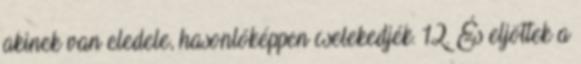
akinek van eledele, hasonlóképpen cselekedjék. 12. És eljöttek a